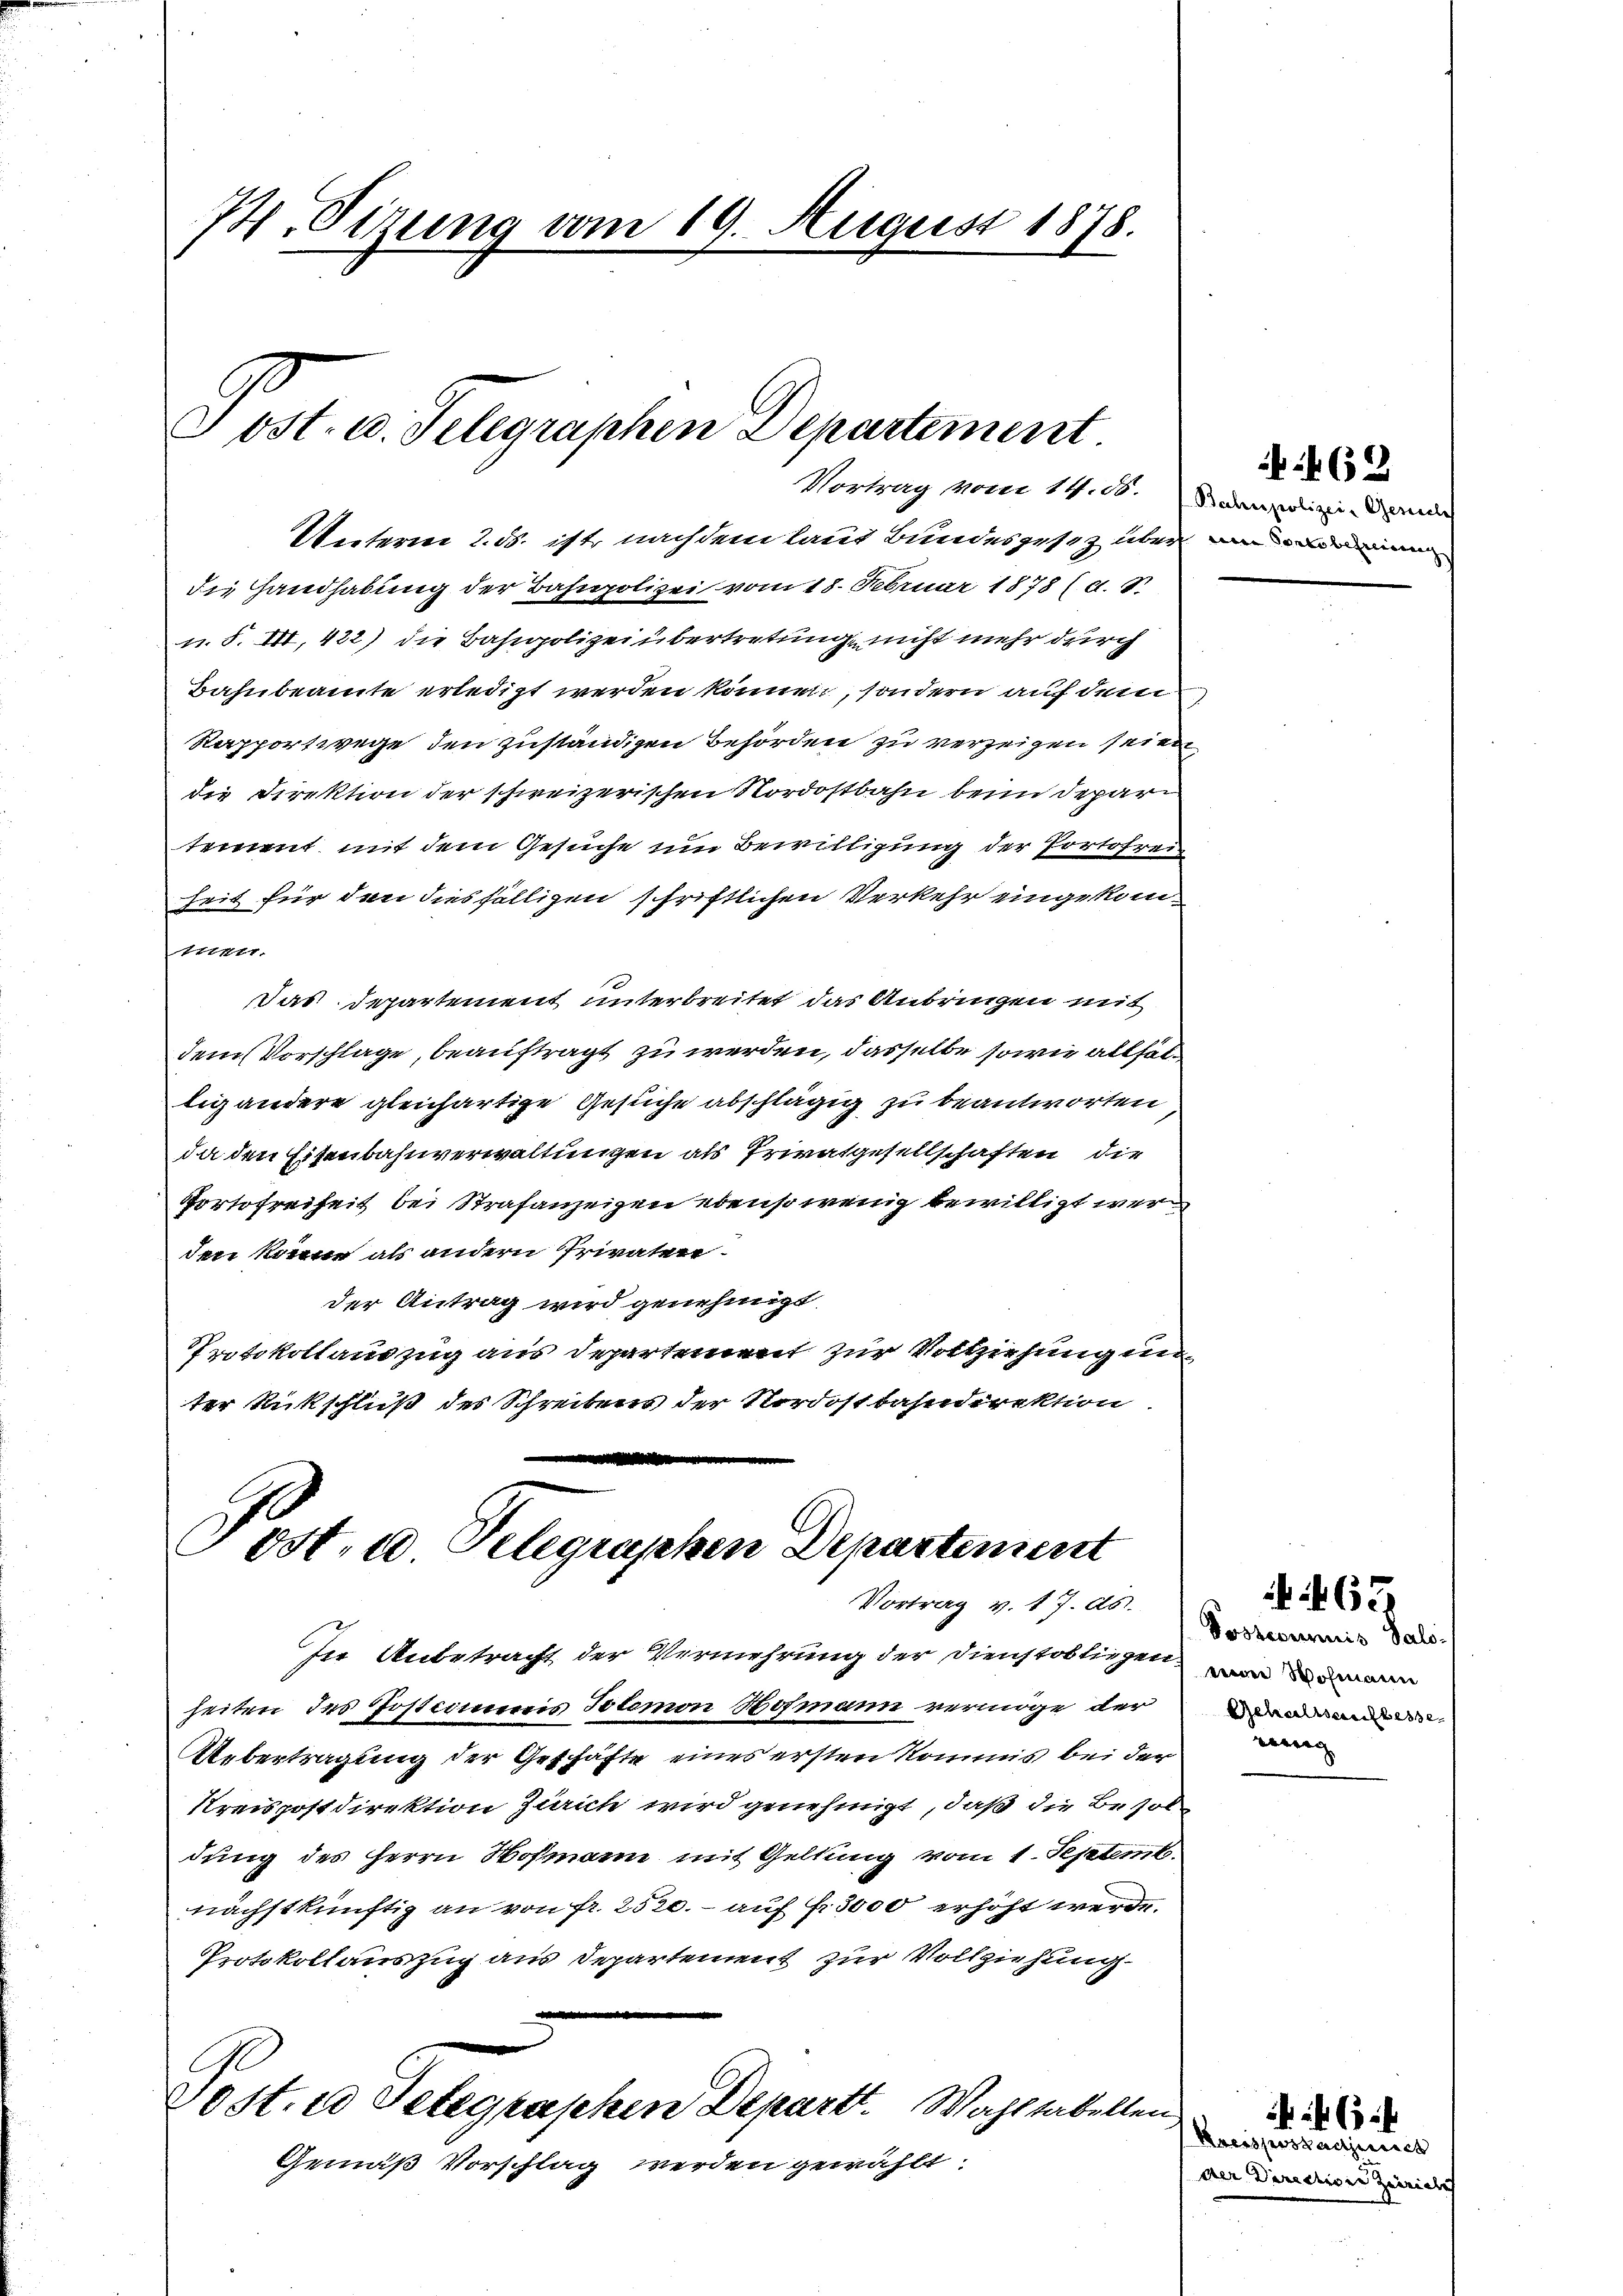
74. Sizung vom 19. August 1878.

Unterm 2. ds. ist nachdem laut Bundesgesez aber ni
die Handhabung der Bahnpolizei vom 18. Februar 1878 (a. S.
u. S. III, 422) die Bahipolizei übertretung nicht mehr durch
Bahnbeamte erledigt werden können, sondern auf dem
Rapportwege den zuständigen Behörden zu verzeigen seien
die Direktion der schweizerischen Nordostbahn beim Depar
tement mit dem Gesuche um Bewilligung der Portofrei
Zeit für den diesfälligen schriftlichen Verkehr eingekom¬
Etten.
Das Departement unterbreitet das Anbringen mit
dem Vorschlage, beauftragt zu werden, dasselbe sowie allfälligandere gleichartige Gesuche abschlägig zu beantworten
da den Eisenbahnverwaltungen als Privatgesellschaften die
Portofreiheit bei Strafanzeigen ebenso wenig bewilligt werden könne als andern Privater
der Antrag wird genehmigt.
Tatokollauszug aus Departement zur Vollziehung un
ter Rückschluß des Schreibens der Nordostbahndirektion

e
Ost. a Telegraphen Departement
Vortrag v. 17. ds.

In Unbetracht der Vermehrung der Dienstobliegen wir dan
heiten des Postummis Polemon Hofmann vermöge der
Uebertragung der Geschäfte eines ersten Kommis bei der
Kreispostdirektion Zürich wird genehmigt, daß die Besor
dung des Herrn Hofmann mit Geltung vom 1. Septemb.
nächstkünftig an von fr. 2520. - auf Fr. 3000 erhöht werde.
Protokollauszug aus Departement zur Vollziehung.
Post. u Delegraschen Depart. Wahl tabellen
Gemäß Vorschlag werden gewählt:

Sost- u. Telegraphen Departement
Vortrag von 14. d. Bahnpolizei-Gerdi

462

Postcommnis Salo
Gehaltsaufbesse
reng

467

Kreisposzadjunct
der Directiven Zeriali

46 xx